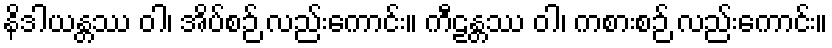
နိဒါယန္တဿ ဝါ၊ အိပ်စဉ် လည်းကောင်း။ ကီဠန္တဿ ဝါ၊ ကစားစဉ် လည်းကောင်း။